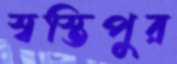
স্বস্তিপুর